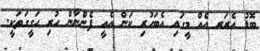
ބޮޑު އެރަރ އެއް މީގައި އެބަހުރި ކަން އެއީ ފެންނާން ހުރި ހަގީގަތަކީ.